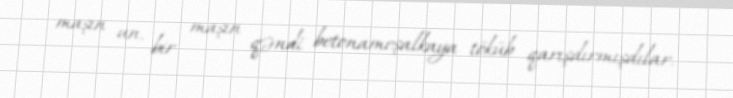
maşın un, bir maşın qəndi betonameşalkaya töküb qarışdırmışdılar.